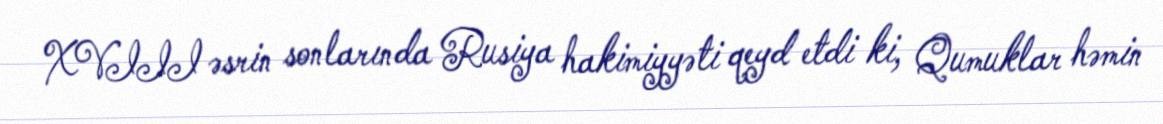
XVIII əsrin sonlarında Rusiya hakimiyyəti qeyd etdi ki, Qumuklar həmin